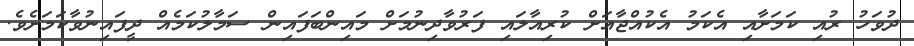
ދުވަހު ރުއި ކަމަށާއި އެކަމު އެކުއްޖާއަށް ކުރިއާލައި ފަރުވާދިނުމަށް މައިންބަފައިން ސަމާލުކަމެއް ދީފައިނުވާކަމަށެވެ.